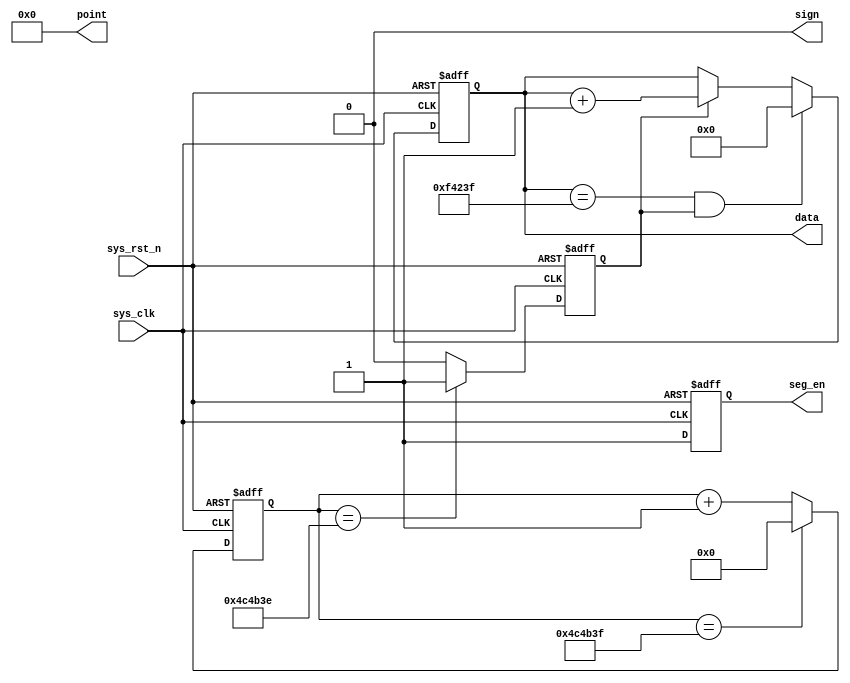
module  data_gen
#(
    parameter   CNT_MAX = 23'd4_999_999 ,
    parameter   DATA_MAX = 20'd999_999
)
(
    input   wire            sys_clk     ,
    input   wire            sys_rst_n   ,
    
    output  reg     [19:0]  data        ,
    output  wire    [5:0]   point       ,
    output  wire            sign        ,
    output  reg             seg_en
);

reg     [22:0]  cnt_100ms   ;
reg             cnt_flag    ;

always@(posedge sys_clk or negedge sys_rst_n)
    if(sys_rst_n == 1'b0)
        cnt_100ms <= 23'd0;
    else    if(cnt_100ms == CNT_MAX)
        cnt_100ms <= 23'd0;
    else
        cnt_100ms <= cnt_100ms + 1'b1;

always@(posedge sys_clk or negedge sys_rst_n)
    if(sys_rst_n == 1'b0)
        cnt_flag <= 1'b0;
    else    if(cnt_100ms == CNT_MAX - 1'b1)
        cnt_flag <= 1'b1;
    else
        cnt_flag <= 1'b0;

always@(posedge sys_clk or negedge sys_rst_n)
    if(sys_rst_n == 1'b0)
        data <= 20'd0;
    else    if(data == DATA_MAX && cnt_flag == 1'b1)
        data <= 20'd0;
    else    if(cnt_flag == 1'b1)
        data <= data + 1'b1;
    else
        data <= data;

assign  point = 6'b000_000;

assign  sign = 1'b0;

always@(posedge sys_clk or negedge sys_rst_n)
    if(sys_rst_n == 1'b0)
        seg_en <= 1'b0;
    else
        seg_en <= 1'b1;

endmodule